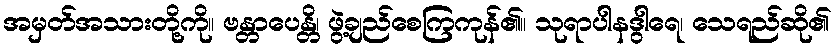
အမှတ်အသားတို့ကို။ ဗန္တာပေန္တိ၊ ဖွဲ့ချည်စေကြကုန်၏။ သုရာပါနဒွါရေ၊ သေရည်ဆို၏